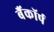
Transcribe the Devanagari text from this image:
बैंकॉर्प